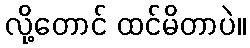
လို့တောင် ထင်မိတာပဲ။